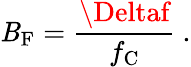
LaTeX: \mathit{B}_{\mathrm{{F}}}={\frac{{\Deltaf}}{{f_{\mathrm{{C}}}}}}\ .